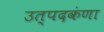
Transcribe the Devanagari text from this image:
उत्पदकंणा